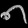
Digit: ၈